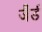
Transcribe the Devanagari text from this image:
जैर्ड